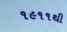
૧૯૧૧થી